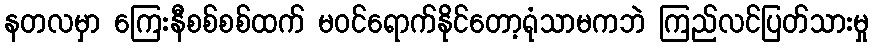
နတလမှာ ကြေးနီစစ်စစ်ထက် မဝင်ရောက်နိုင်တော့ရုံသာမကဘဲ ကြည်လင်ပြတ်သားမှု